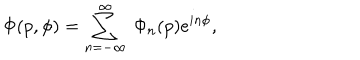
LaTeX: \Phi ( p , \phi ) = \sum _ { n = - \infty } ^ { \infty } \ \Phi _ { n } ( p ) e ^ { i n \phi } ,